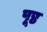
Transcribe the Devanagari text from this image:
पूष्ठ